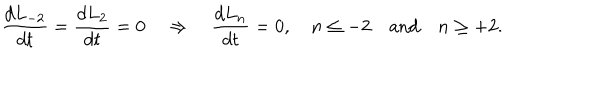
\frac { d L _ { - 2 } } { d t } = \frac { d L _ { 2 } } { d t } = 0 \quad \Rightarrow \quad \frac { d L _ { n } } { d t } = 0 , \quad n \le - 2 \quad \mathrm { a n d } \quad n \ge + 2 .